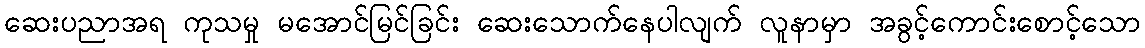
ဆေးပညာအရ ကုသမှု မအောင်မြင်ခြင်း ဆေးသောက်နေပါလျက် လူနာမှာ အခွင့်ကောင်းစောင့်သော